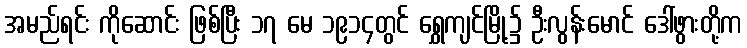
အမည်ရင်း ကိုဆောင်း ဖြစ်ပြီး ၁၇ မေ ၁၉၁၄တွင် ရွှေကျင်မြို့၌ ဦးလွန်းမောင် ဒေါ်ဖွားတို့က